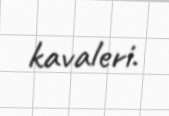
kavaleri.